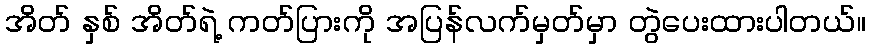
အိတ် နှစ် အိတ်ရဲ့ ကတ်ပြားကို အပြန်လက်မှတ်မှာ တွဲပေးထားပါတယ်။